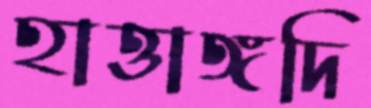
হাত্তাঙ্গদি